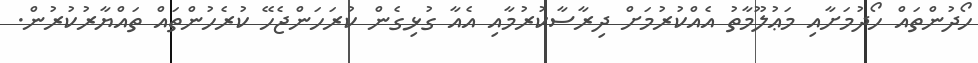
ހޯދުންތައް ހޯދުމަށާއި މަޢުލޫމާތު އެއްކުރުމަށް ދިރާސާކުރުމާއި އެއާ ގުޅިގެން ކުރަހަންޖެހޭ ކުރެހުންތައް ތައްޔާރުކުރުން.